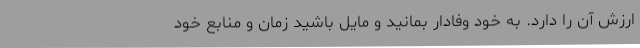
ارزش آن را دارد. به خود وفادار بمانید و مایل باشید زمان و منابع خود